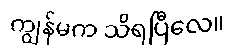
ကျွန်မက သိရပြီလေ။